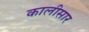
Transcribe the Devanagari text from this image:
कालीसार